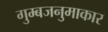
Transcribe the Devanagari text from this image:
गुम्बजनुमाकार